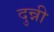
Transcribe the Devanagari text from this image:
दुन्नी